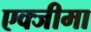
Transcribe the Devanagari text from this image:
एक्जीमा